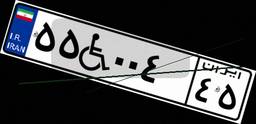
۴۱W۸۰۶۴۱